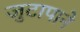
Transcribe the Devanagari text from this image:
जुटापाने